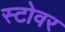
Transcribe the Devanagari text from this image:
स्टोवर